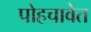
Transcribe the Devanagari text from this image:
पोहचावेत